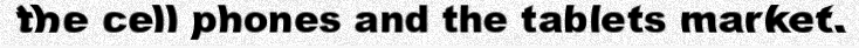
the cell phones and the tablets market.